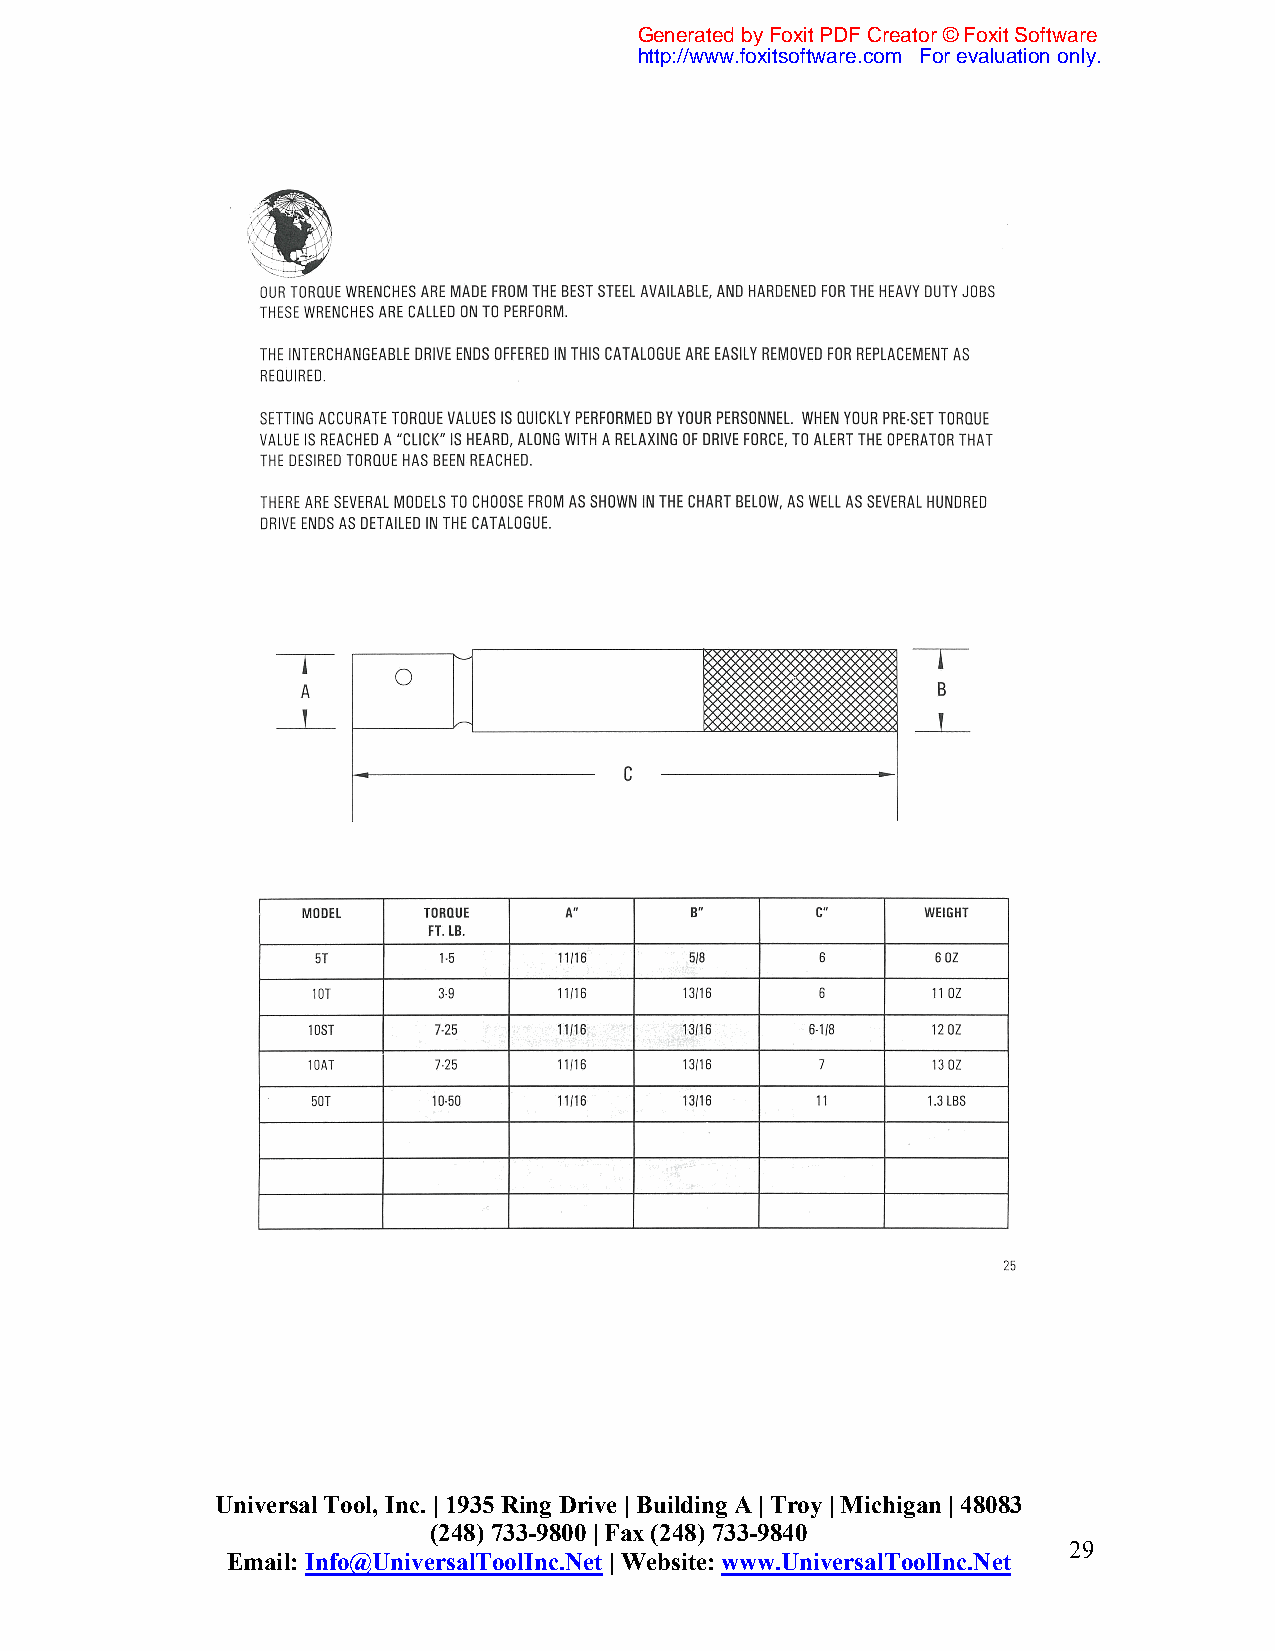
Generated by Foxit PDF Creator © Foxit Software
 http://www.foxitsoftware.com For evaluation only.
 Universal Tool, Inc. | 1935 Ring Drive | Building A | Troy | Michigan | 48083
 (248) 733-9800 | Fax (248) 733-9840
 29
 Email: Info@UniversalToolInc.Net | Website: www.UniversalToolInc.Net